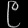
Digit: ၉